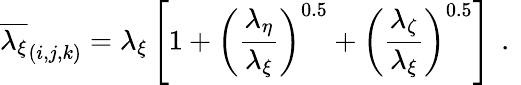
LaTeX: \overline{{\lambda_{\xi}}}_{(i,j,k)}=\lambda_{\xi}\left[1+\left(\frac{\lambda_{\eta}}{\lambda_{\xi}}\right)^{0.5}+\left(\frac{\lambda_{\zeta}}{\lambda_{\xi}}\right)^{0.5}\right]\, \mathrm{~.~}